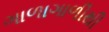
ગાળાગાળીથી